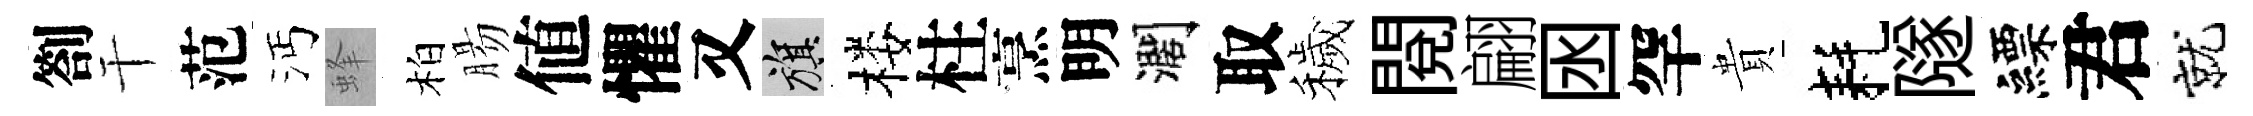
劄干范沔蜂柏腸値懼又旗楼柱烹明濶取穢閲翩囦罕貴耗隧縹君就